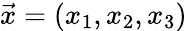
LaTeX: \vec{x}=(x_{1},x_{2},x_{3})